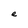
Character: e